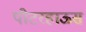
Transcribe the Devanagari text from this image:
पीटरहाऊस